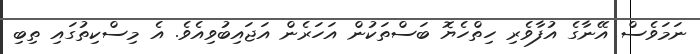
ނަމަވެސް އޭނާގެ އުފާވެރި ހިތްހެޔޮ ބަސްތަކުން އަހަރެން އަޖައިބުވިއެވެ. އެ މިސްކިތުގައި ތިބި